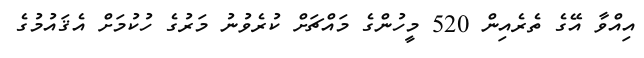
އިއްވާ އޭގެ ތެރެއިން 520 މީހުންގެ މައްޗަށް ކުރެވުނު މަރުގެ ހުކުމަށް އެޤައުމުގެ